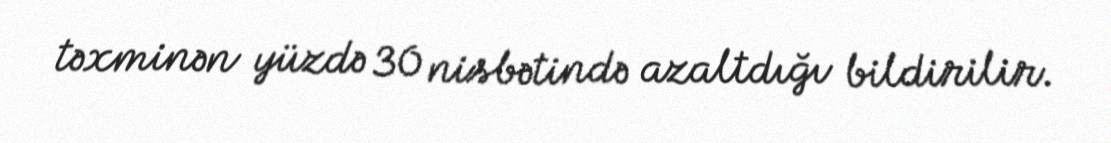
təxminən yüzdə 30 nisbətində azaltdığı bildirilir.